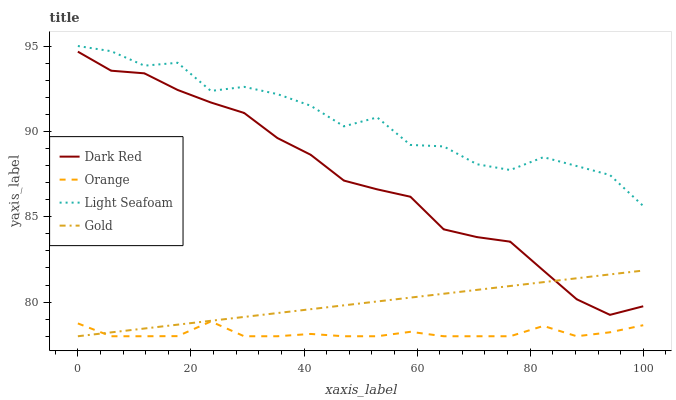
| xaxis_label | Dark Red | Orange | Light Seafoam | Gold |
 | --- | --- | --- | --- | --- |
 | 0 | 94.7 | 78.8 | 95 | 78 |
 | 5.88 | 93.6 | 78 | 94.7 | 78.2 |
 | 11.8 | 93.4 | 78 | 93.8 | 78.5 |
 | 17.6 | 92.4 | 78 | 94 | 78.7 |
 | 23.5 | 91.7 | 78.9 | 92.4 | 78.9 |
 | 29.4 | 91.1 | 78 | 92.6 | 79.1 |
 | 35.3 | 89.6 | 78 | 92.2 | 79.4 |
 | 41.2 | 88.6 | 78.1 | 91.5 | 79.6 |
 | 47.1 | 87.1 | 78 | 90.3 | 79.8 |
 | 52.9 | 86.6 | 78 | 90.8 | 80 |
 | 58.8 | 86.2 | 78.3 | 89.2 | 80.3 |
 | 64.7 | 84.3 | 78 | 89.1 | 80.5 |
 | 70.6 | 83.8 | 78 | 88.1 | 80.7 |
 | 76.5 | 83.5 | 78 | 87.7 | 80.9 |
 | 82.4 | 81.8 | 78.6 | 88.5 | 81.2 |
 | 88.2 | 80.2 | 78 | 88 | 81.4 |
 | 94.1 | 79.3 | 78.2 | 87.4 | 81.6 |
 | 100 | 79.8 | 78.6 | 85.6 | 81.8 |